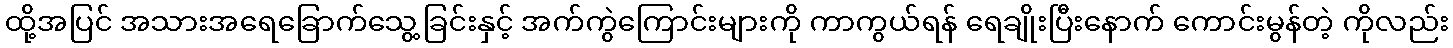
ထို့အပြင် အသားအရေခြောက်သွေ့ခြင်းနှင့် အက်ကွဲကြောင်းများကို ကာကွယ်ရန် ရေချိုးပြီးနောက် ကောင်းမွန်တဲ့ ကိုလည်း